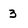
Character: 3